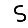
Digit: 5